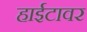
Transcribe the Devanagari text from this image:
हाईटावर